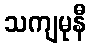
သကျမုနီ